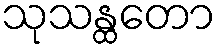
သုသန္ထတော